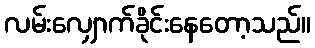
လမ်းလျှောက်ခိုင်းနေတော့သည်။